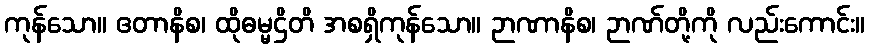
ကုန်သော။ ဧတာနိစ၊ ထိုဓမ္မဌိတိ အစရှိကုန်သော။ ဉာဏာနိစ၊ ဉာဏ်တို့ကို လည်းကောင်း။